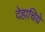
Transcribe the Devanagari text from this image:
देहाचिये